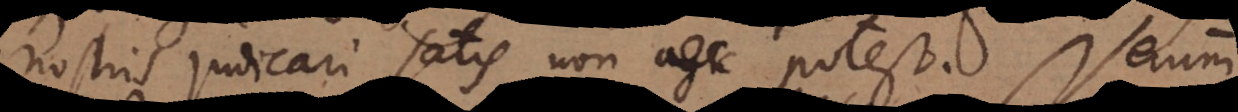
nostris judicari satis non potest. Verum